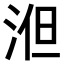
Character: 𣵤